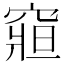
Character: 𥧍